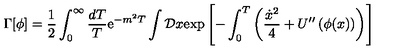
\Gamma [ \phi ] = { \frac { 1 } { 2 } } \int _ { 0 } ^ { \infty } { \frac { d T } { T } } \mathrm { e } ^ { - m ^ { 2 } T } \int { \cal D } x \mathrm { e x p } \left[ - \int _ { 0 } ^ { T } \left( { \frac { { \dot { x } } ^ { 2 } } { 4 } } + U ^ { \prime \prime } \left( \phi ( x ) \right) \right) \right]